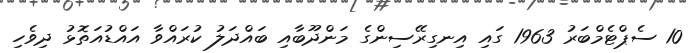
10 ސެޕްޓެމްބަރު 1963 ގައި އިނގިރޭސިންގެ މަންދޫބާއި ބައްދަލު ކުރައްވާ އައްޑުއަތޮޅު ދިވެހި